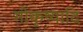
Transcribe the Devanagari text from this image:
गोकृष्यादि